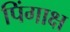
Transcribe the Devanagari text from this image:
पिंगाक्ष